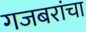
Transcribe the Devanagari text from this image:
गजबरांचा